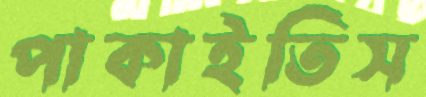
পাকাইতিস